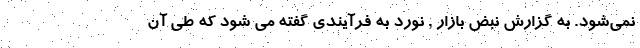
نمی‌شود. به گزارش نبض بازار , نورد به فرآیندی گفته می شود که طی آن